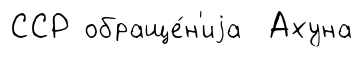
ССР обраще́н'иjа Ахуна